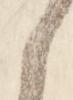
之